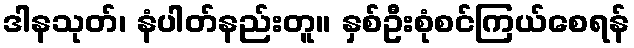
ဒါနသုတ်၊ နံပါတ်နည်းတူ။ နှစ်ဦးစုံစင်ကြယ်စေရန်